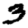
Digit: 3